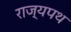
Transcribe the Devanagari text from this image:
राज्यपथ